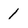
Character: 1